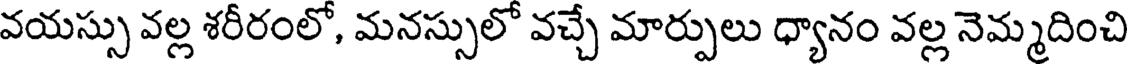
వయస్సు వల్ల శరీరంలో, మనస్సులో వచ్చే మార్పులు ధ్యానం వల్ల నెమ్మదించి